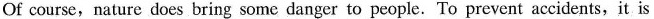
Of course, nature does bring some danger to people.To prevent accidents，it is